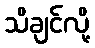
သိချင်လို့